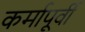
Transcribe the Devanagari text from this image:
कर्मापूर्वी